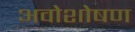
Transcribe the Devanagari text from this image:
अवोशोषण